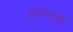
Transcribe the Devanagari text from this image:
पुरान्तकं